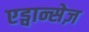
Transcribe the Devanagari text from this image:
एड्वान्सेज़